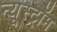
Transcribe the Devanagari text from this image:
न्यूस्ट्रॉम